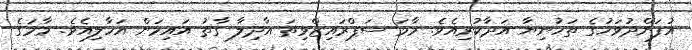
އުފަންދުވަހުގެ ތަހުނިޔާ އަދާކުރިއެވެ. މާމަ ސަޕްރައިޒްވިތަ އާދިލާ ގާތު އައިމަން އަހާލިއެވެ. މާމަގެ